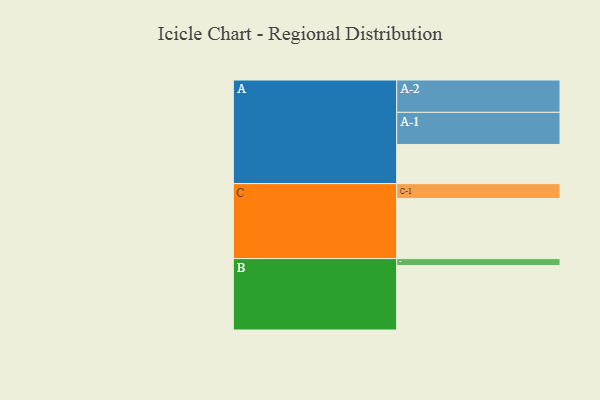
{"axis": {"x": "Segment", "y": "Value"}, "legend": ["", "A", "B", "C"], "data": [{"x": "A", "y": 338, "type": ""}, {"x": "B", "y": 556, "type": ""}, {"x": "C", "y": 519, "type": ""}, {"x": "A-1", "y": 277, "type": "A"}, {"x": "A-2", "y": 279, "type": "A"}, {"x": "B-1", "y": 60, "type": "B"}, {"x": "C-1", "y": 128, "type": "C"}]}